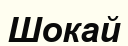
Шокай